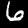
Label: 6